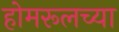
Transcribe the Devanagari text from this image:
होमरूलच्या